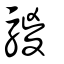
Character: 騣